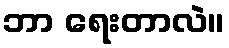
ဘာ ရေးတာလဲ။